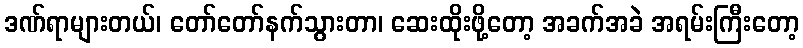
ဒဏ်ရာများတယ်၊ တော်တော်နက်သွားတာ၊ ဆေးထိုးဖို့တော့ အခက်အခဲ အရမ်းကြီးတော့